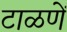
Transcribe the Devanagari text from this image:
टाळणें